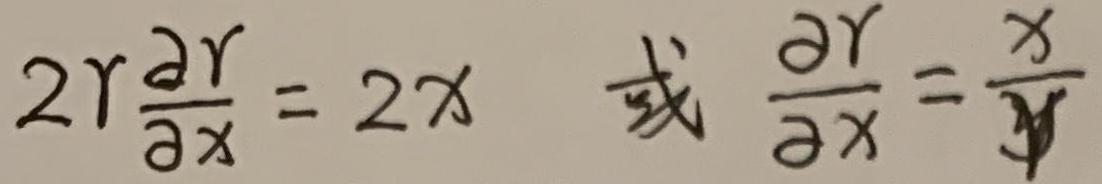
\( 2r\frac{\partial r}{\partial x} = 2x \quad \)或\( \quad \frac{\partial r}{\partial x} = \frac{x}{r} \)